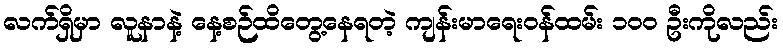
လက်ရှိမှာ လူနာနဲ့ နေ့စဉ်ထိတွေ့နေရတဲ့ ကျန်းမာရေးဝန်ထမ်း ၁၀၀ ဦးကိုလည်း